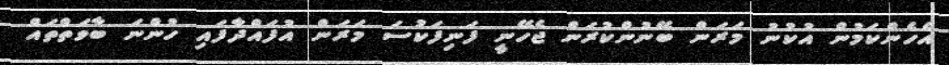
އެހެންކަމުން އުކުނު މަރަން ބޭނުންކުރަން ޖެހޭނީ ފަނިފަކުސަ މަރަން އުފައްދާފައި ހުންނަ ބާވަތްތައް